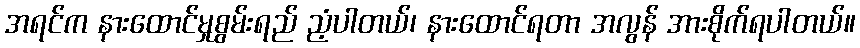
အရင်က နားထောင်မှုစွမ်းရည် ညံ့ပါတယ်၊ နားထောင်ရတာ အလွန် အားစိုက်ရပါတယ်။